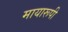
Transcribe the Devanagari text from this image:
मायारूपी